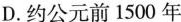
D.约公元前1500年